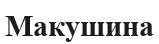
Макушина